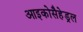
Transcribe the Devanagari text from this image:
आइकोसैहेड्रल